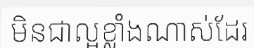
មិនជាល្អខ្លាំងណាស់ដែរ